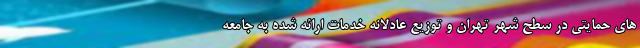
های حمایتی در سطح شهر تهران و توزیع عادلانه خدمات ارائه شده به جامعه